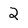
Character: 2